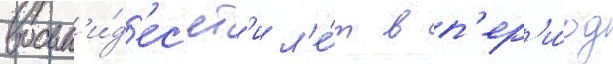
восьм'и́д'ес'ят'и л'е́т в п'ер'и́од